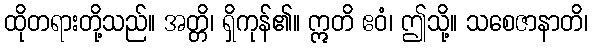
ထိုတရားတို့သည်။ အတ္တိ၊ ရှိကုန်၏။ ဣတိ ဧဝံ၊ ဤသို့။ သစေဇာနာတိ၊